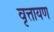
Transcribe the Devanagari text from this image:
वृत्तायण